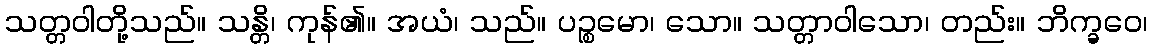
သတ္တဝါတို့သည်။ သန္တိ၊ ကုန်၏။ အယံ၊ သည်။ ပဉ္စမော၊ သော။ သတ္တာဝါသော၊ တည်း။ ဘိက္ခဝေ၊